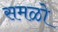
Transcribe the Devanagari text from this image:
समळो